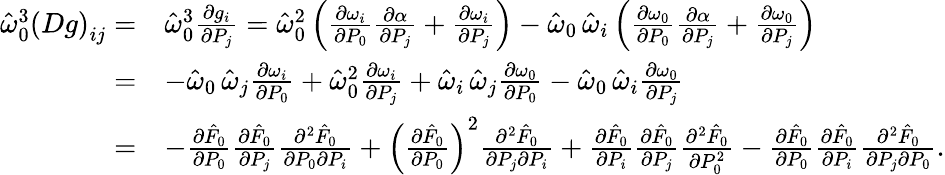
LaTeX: \begin{array}{rl}{\hat{\omega}_{0}^{3}\left(Dg\right)_{ij}=}&{\hat{\omega}_{0}^{3}\frac{\partial g_{i}}{\partial P_{j}}=\hat{\omega}_{0}^{2}\left(\frac{\partial\omega_{i}}{\partial P_{0}}\frac{\partial\alpha}{\partial P_{j}}+\frac{\partial\omega_{i}}{\partial P_{j}}\right)-\hat{\omega}_{0}\, \hat{\omega}_{i}\left(\frac{\partial\omega_{0}}{\partial P_{0}}\frac{\partial\alpha}{\partial P_{j}}+\frac{\partial\omega_{0}}{\partial P_{j}}\right)}\\ {=}&{-\hat{\omega}_{0}\, \hat{\omega}_{j}\frac{\partial\omega_{i}}{\partial P_{0}}+\hat{\omega}_{0}^{2}\frac{\partial\omega_{i}}{\partial P_{j}}+\hat{\omega}_{i}\, \hat{\omega}_{j}\frac{\partial\omega_{0}}{\partial P_{0}}-\hat{\omega}_{0}\, \hat{\omega}_{i}\frac{\partial\omega_{0}}{\partial P_{j}}}\\ {=}&{-\frac{\partial\hat{F}_{0}}{\partial P_{0}}\frac{\partial\hat{F}_{0}}{\partial P_{j}}\frac{\partial^{2}\hat{F}_{0}}{\partial P_{0}\partial P_{i}}+\left(\frac{\partial\hat{F}_{0}}{\partial P_{0}}\right)^{2}\frac{\partial^{2}\hat{F}_{0}}{\partial P_{j}\partial P_{i}}+\frac{\partial\hat{F}_{0}}{\partial P_{i}}\frac{\partial\hat{F}_{0}}{\partial P_{j}}\frac{\partial^{2}\hat{F}_{0}}{\partial P_{0}^{2}}-\frac{\partial\hat{F}_{0}}{\partial P_{0}}\frac{\partial\hat{F}_{0}}{\partial P_{i}}\frac{\partial^{2}\hat{F}_{0}}{\partial P_{j}\partial P_{0}}.}\end{array}